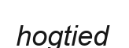
hogtied